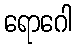
ရောဂေါ